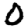
Digit: 0